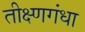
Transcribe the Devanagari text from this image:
तीक्ष्णगंधा